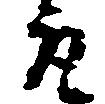
取